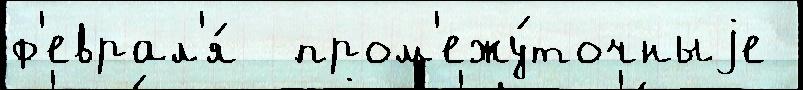
ф'еврал'я́  пром'ежу́точныjе